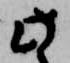
此